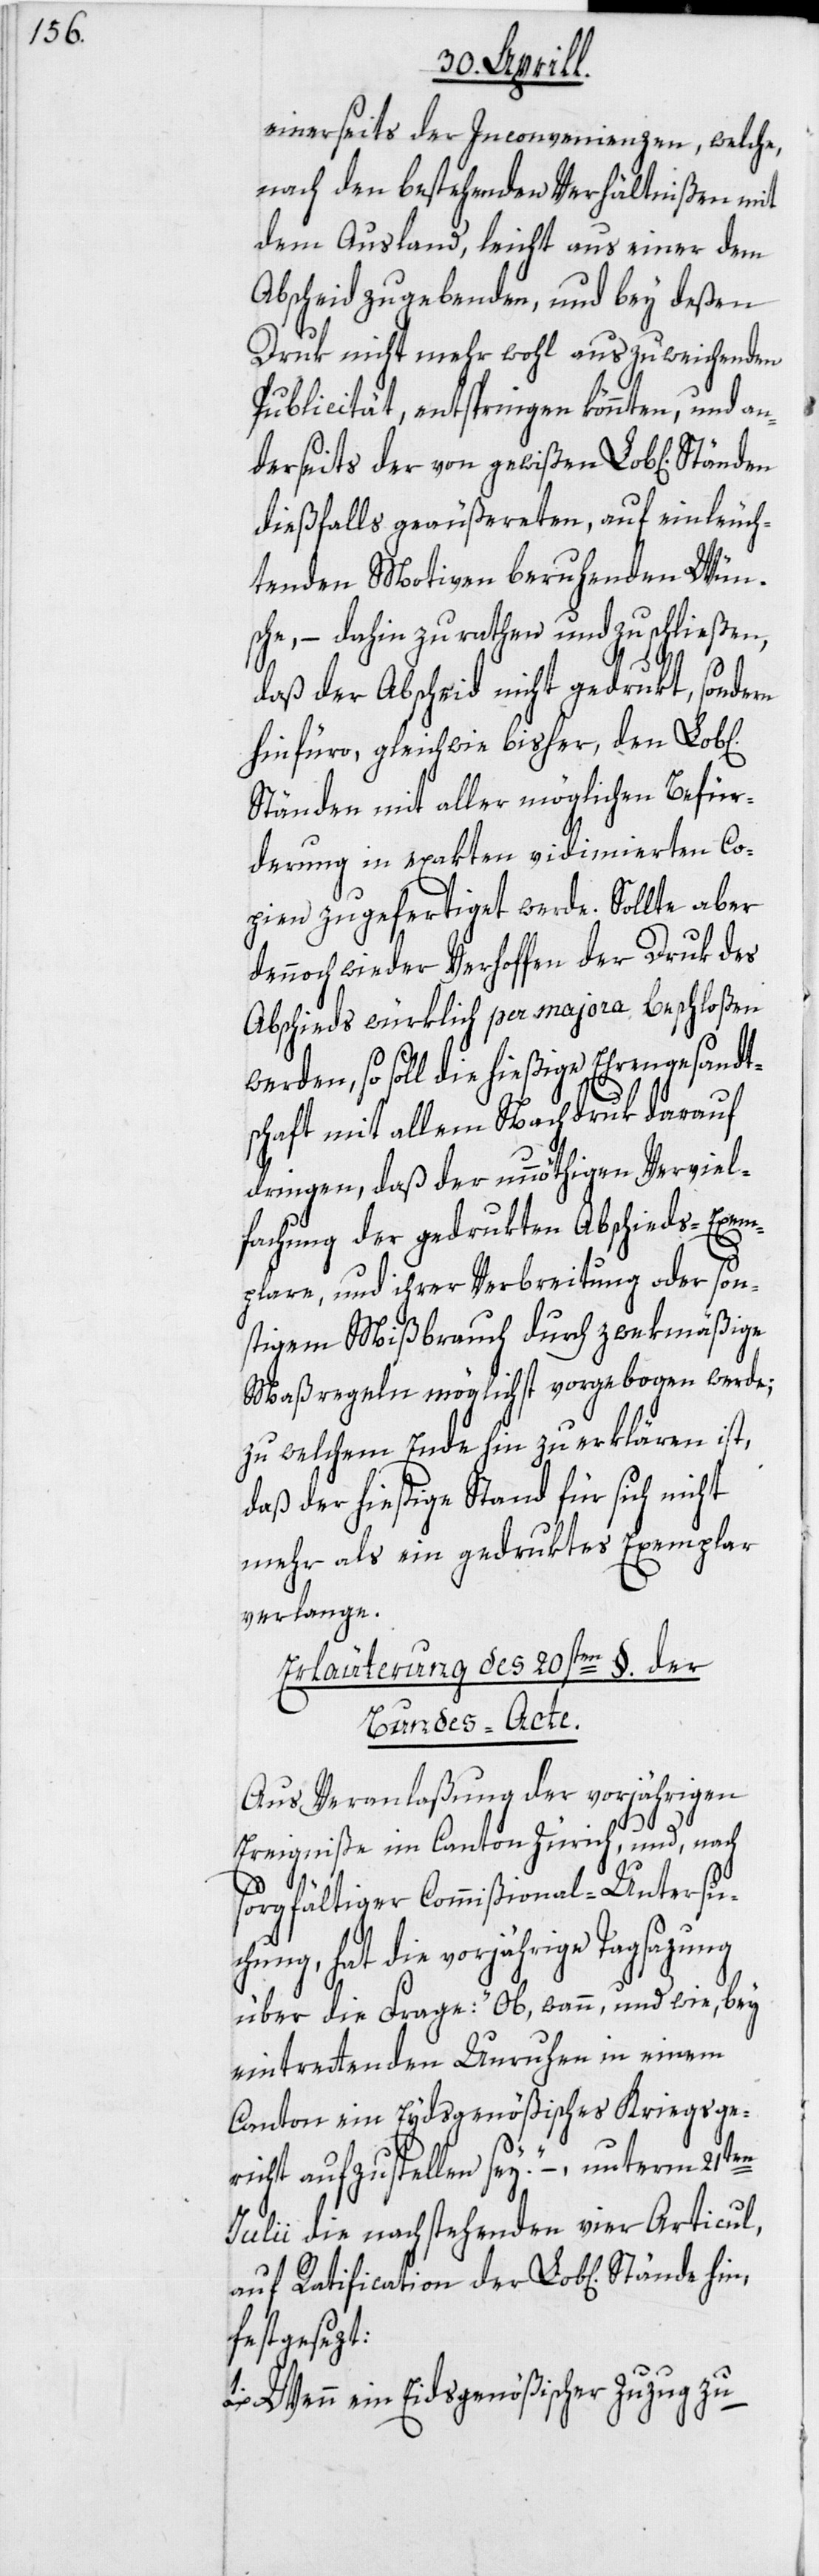
einerseits der Inconvenienzen, welche,
nach den bestehenden Verhältnißen mit
dem Ausland, leicht aus einer dem
Abscheid zu gebenden, und bey deßen
Druk nicht mehr wohl auszuweichenden
Publicität, entspringen könnten, und an¬
derseits der von gewißen Lob[lichen]
dießfalls geäußereten, auf einleuch¬
tenden Motiven beruhenden Wün¬
sche, – dahin zu rathen und zu schließen,
daß der Abscheid nicht gedrukt, sonde¬
hinfüro, gleichwie bisher, den Lob[li¬
Ständen mit aller möglichen Befür¬
derung in exakten vidimierten Co¬
pien zugefertiget werde. Sollte aber
dennoch wieder Verhoffen der Druk des
Abschieds würklich per majora beschloßen
werden, so soll die hießige Ehrengesandt¬
schaft mit allem Nachdruk darauf
dringen, daß der unnöthigen Verviel¬
fachung der gedrukten Abschieds-Exem¬
plare, und ihrer Verbreitung oder son¬
stigem Mißbrauch durch zwekmäßige
Maßregeln möglichst vorgebogen werde;
zu welchem Ende hin zu erklären ist,
daß der hießige Stand für sich nicht
mehr als ein gedruktes Exemplar
verlange.
Erläuterung des 20sten §. der
Bundes-Acte.
Aus Veranlaßung der vorjährigen
Ereigniße im Canton Zürich, und, nach
sorgfältiger Commißional-Untersu¬
chung, hat die vorjährige Tagsazung
über die Frage: „Ob, wann, und wie, bey
eintrettenden Unruhen in einem
Canton ein Eydsgenößisches Kriegsge¬
de
richt aufzustellen sei?“ –, unterm 21ten
Julii die nachstehenden vier Articul,
auf Ratification der Lob[lichen] Stän¬
festgesezt:
1. Wenn ein Eidsgenößischer Zuzug zu